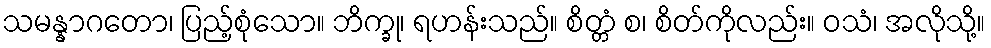
သမန္နာဂတော၊ ပြည့်စုံသော။ ဘိက္ခု၊ ရဟန်းသည်။ စိတ္တံ စ၊ စိတ်ကိုလည်း။ ဝသံ၊ အလိုသို့။